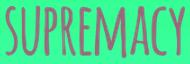
SUPREMACY